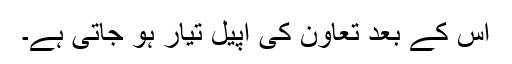
اس کے بعد تعاون کی اپیل تیار ہو جاتی ہے۔